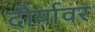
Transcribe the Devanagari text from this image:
दौर्यावर